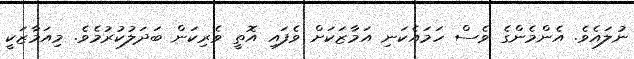
ނުލައެވެ. އެންމެންގެ ވެސް ހަމައެކަނި އަމާޒަކަށް ވެފައި އޮތީ ވެރިކަން ބަދަލުކުރުމެވެ. މިއަމާޒަކީ